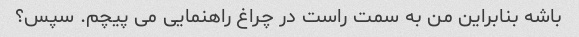
باشه بنابراین من به سمت راست در چراغ راهنمایی می پیچم. سپس؟